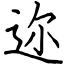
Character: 迩